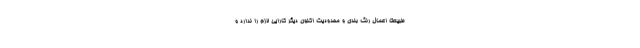
طبیعتا اعمال رنگ بندی و محدودیت اکنون دیگر کارایی لازم را ندارد و